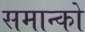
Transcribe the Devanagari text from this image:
समान्को